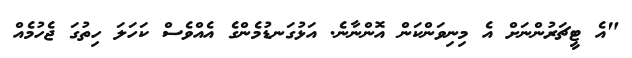
"އެ ޓީޗަރުންނަށް އެ މިނިވަންކަން އޮންނާނެ. އަޅުގަނޑުމެންގެ އެއްވެސް ކަހަލަ ހިތުގަ ޖެހުމެއް